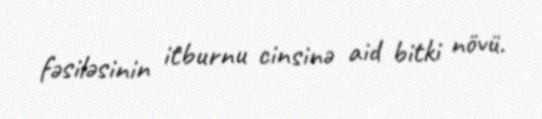
fəsiləsinin i̇tburnu cinsinə aid bitki növü.